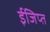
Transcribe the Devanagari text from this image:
ईजिप्‍त